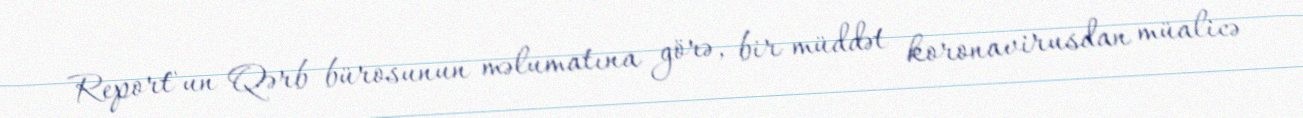
Report"un Qərb bürosunun məlumatına görə, bir müddət koronavirusdan müalicə